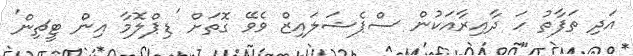
އަދި ތަފާތު ހަ ދާއިރާއަކުން ސްޕެޝަލައިޒް ވެވޭ ގޮތަށް 'ޑިޕްލޮމާ އިން ޓީޗިން'